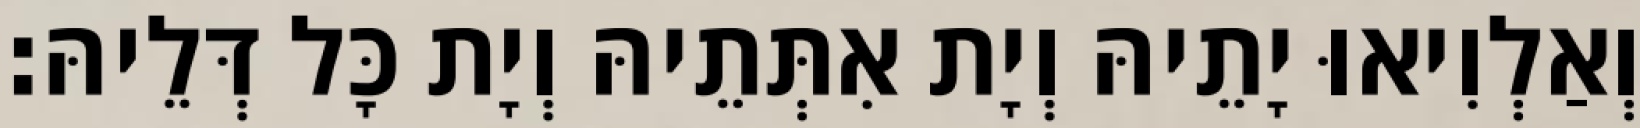
וְאַלְוִיאוּ יָתֵיהּ וְיָת אִתְּתֵיהּ וְיָת כָּל דְּלֵיהּ׃